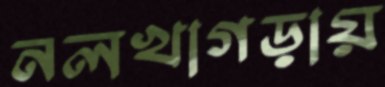
নলখাগড়ায়